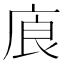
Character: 㢃